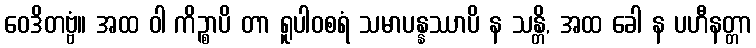
ဝေဒိတဗ္ဗံ။ အထ ဝါ ကိဉ္စာပိ တာ ရူပါဝစရံ သမာပန္နဿာပိ န သန္တိ, အထ ခေါ န ပဟီနတ္တာ